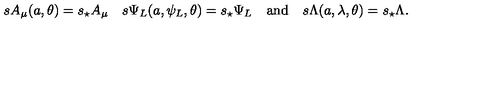
s A _ { \mu } ( a , \theta ) = s _ { \star } A _ { \mu } \quad s \Psi _ { L } ( a , \psi _ { L } , \theta ) = s _ { \star } \Psi _ { L } \quad \mathrm { a n d } \quad s \Lambda ( a , \lambda , \theta ) = s _ { \star } \Lambda .